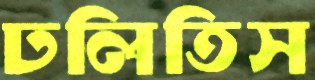
ঢলিতিস